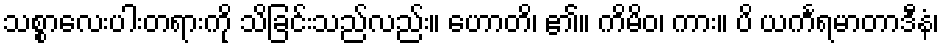
သစ္စာလေးပါးတရားကို သိခြင်းသည်လည်း။ ဟောတိ၊ ၏။ ကိမိဝ၊ ကား။ ပိ ယင်္ကရမာတာဒီနံ၊